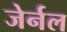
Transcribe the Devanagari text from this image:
जेर्नल